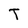
Character: T